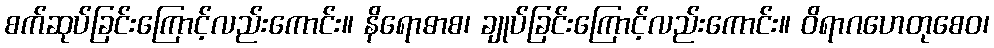
စက်ဆုပ်ခြင်းကြောင့်လည်းကောင်း။ နိရောဓာစ၊ ချုပ်ခြင်းကြောင့်လည်းကောင်း။ ဝိရာဂဟေတုစေဝ၊